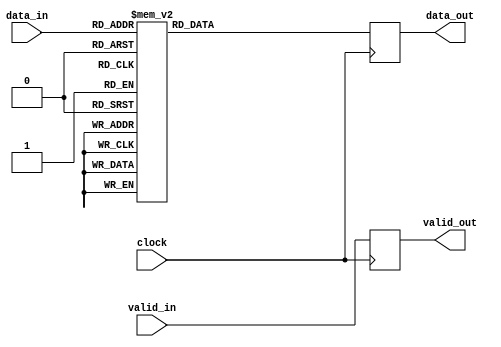
`timescale 1ns / 1ps
//////////////////////////////////////////////////////////////////////////////////
// Company: 
// Engineer: 
// 
// Design Name: 
// Module Name:    output_decoder 
// Project Name: 
// Target Devices: 
// Tool versions: 
// Description: 
//
// Dependencies: 
//
// Revision: 
// Revision 0.01 - File Created
// Additional Comments: 
//
//////////////////////////////////////////////////////////////////////////////////
module output_decoder(
    input wire clock,
    input wire valid_in,
    input wire [5:0] data_in,
    
    output reg valid_out,
    output reg [7:0] data_out
    );
    //16 - 0,17,34,51,68,85,102,119,136,153,170,187,204,221,238,255
    //
    //6  - 0,37,74,111,148,185,222,255
    //
    
    initial
    begin
        data_out    <= 8'b0;
        valid_out   <= 1'b0;
    end
    
    always @(posedge clock)
    begin
        
        valid_out <= valid_in;
        
        case (data_in)
            0:          data_out    <= 8'd0;
            1:          data_out    <= 8'd0;
            2:          data_out    <= 8'd0;
            3:          data_out    <= 8'd0;
            
            4:          data_out    <= 8'd17;
            5:          data_out    <= 8'd17;
            6:          data_out    <= 8'd17;
            7:          data_out    <= 8'd17;
            
            8:          data_out    <= 8'd34;
            9:          data_out    <= 8'd34;
            10:         data_out    <= 8'd34;
            11:         data_out    <= 8'd34;
            
            12:         data_out    <= 8'd51;
            13:         data_out    <= 8'd51;
            14:         data_out    <= 8'd51;
            15:         data_out    <= 8'd51;
            
            16:         data_out    <= 8'd68;
            17:         data_out    <= 8'd68;
            18:         data_out    <= 8'd68;
            19:         data_out    <= 8'd68;
            
            20:         data_out    <= 8'd85;
            21:         data_out    <= 8'd85;
            22:         data_out    <= 8'd85;
            23:         data_out    <= 8'd85;
            
            24:         data_out    <= 8'd102;
            25:         data_out    <= 8'd102;
            26:         data_out    <= 8'd102;
            27:         data_out    <= 8'd102;
            
            28:         data_out    <= 8'd119;
            29:         data_out    <= 8'd119;
            30:         data_out    <= 8'd119;
            31:         data_out    <= 8'd119;
            
            32:         data_out    <= 8'd136;
            33:         data_out    <= 8'd136;
            34:         data_out    <= 8'd136;
            35:         data_out    <= 8'd136;
            
            36:         data_out    <= 8'd153;
            37:         data_out    <= 8'd153;
            38:         data_out    <= 8'd153;
            39:         data_out    <= 8'd153;
            
            40:         data_out    <= 8'd170;
            41:         data_out    <= 8'd170;
            42:         data_out    <= 8'd170;
            43:         data_out    <= 8'd170;
            
            44:         data_out    <= 8'd187;
            45:         data_out    <= 8'd187;
            46:         data_out    <= 8'd187;
            47:         data_out    <= 8'd187;
            
            48:         data_out    <= 8'd204;
            49:         data_out    <= 8'd204;
            50:         data_out    <= 8'd204;
            51:         data_out    <= 8'd204;
            
            52:         data_out    <= 8'd221;
            53:         data_out    <= 8'd221;
            54:         data_out    <= 8'd221;
            55:         data_out    <= 8'd221;
            
            56:         data_out    <= 8'd238;
            57:         data_out    <= 8'd238;
            58:         data_out    <= 8'd238;
            59:         data_out    <= 8'd238;
            
            60:         data_out    <= 8'd255;
            61:         data_out    <= 8'd255;
            62:         data_out    <= 8'd255;
            63:         data_out    <= 8'd255;
        endcase
    end
endmodule